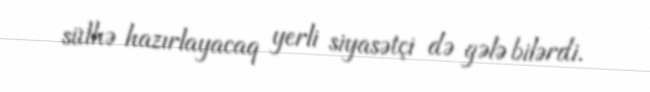
sülhə hazırlayacaq yerli siyasətçi də gələ bilərdi.